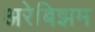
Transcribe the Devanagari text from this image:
अरेबिझम